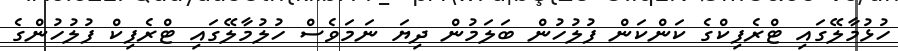
ހުޅުމާލޭގައި ޓްރެފިކްގެ ކަންކަން ފުލުހުން ބަލަމުން ދިޔަ ނަމަވެސް ހުލުމާލޭގައި ޓްރެފިކް ފުލުހުންގެ